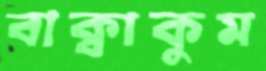
বাক্বাকুম